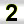
Digit: 2